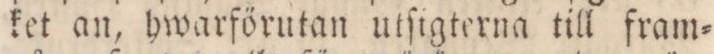
ket an, hwarförutan utſigterna till fram=